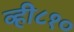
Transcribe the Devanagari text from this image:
व्ही८१०